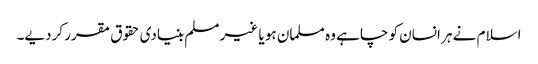
اسلام نے ہر انسان کو چاہے وہ مسلمان ہو یا غیر مسلم بنیادی حقوق مقرر کردیے۔